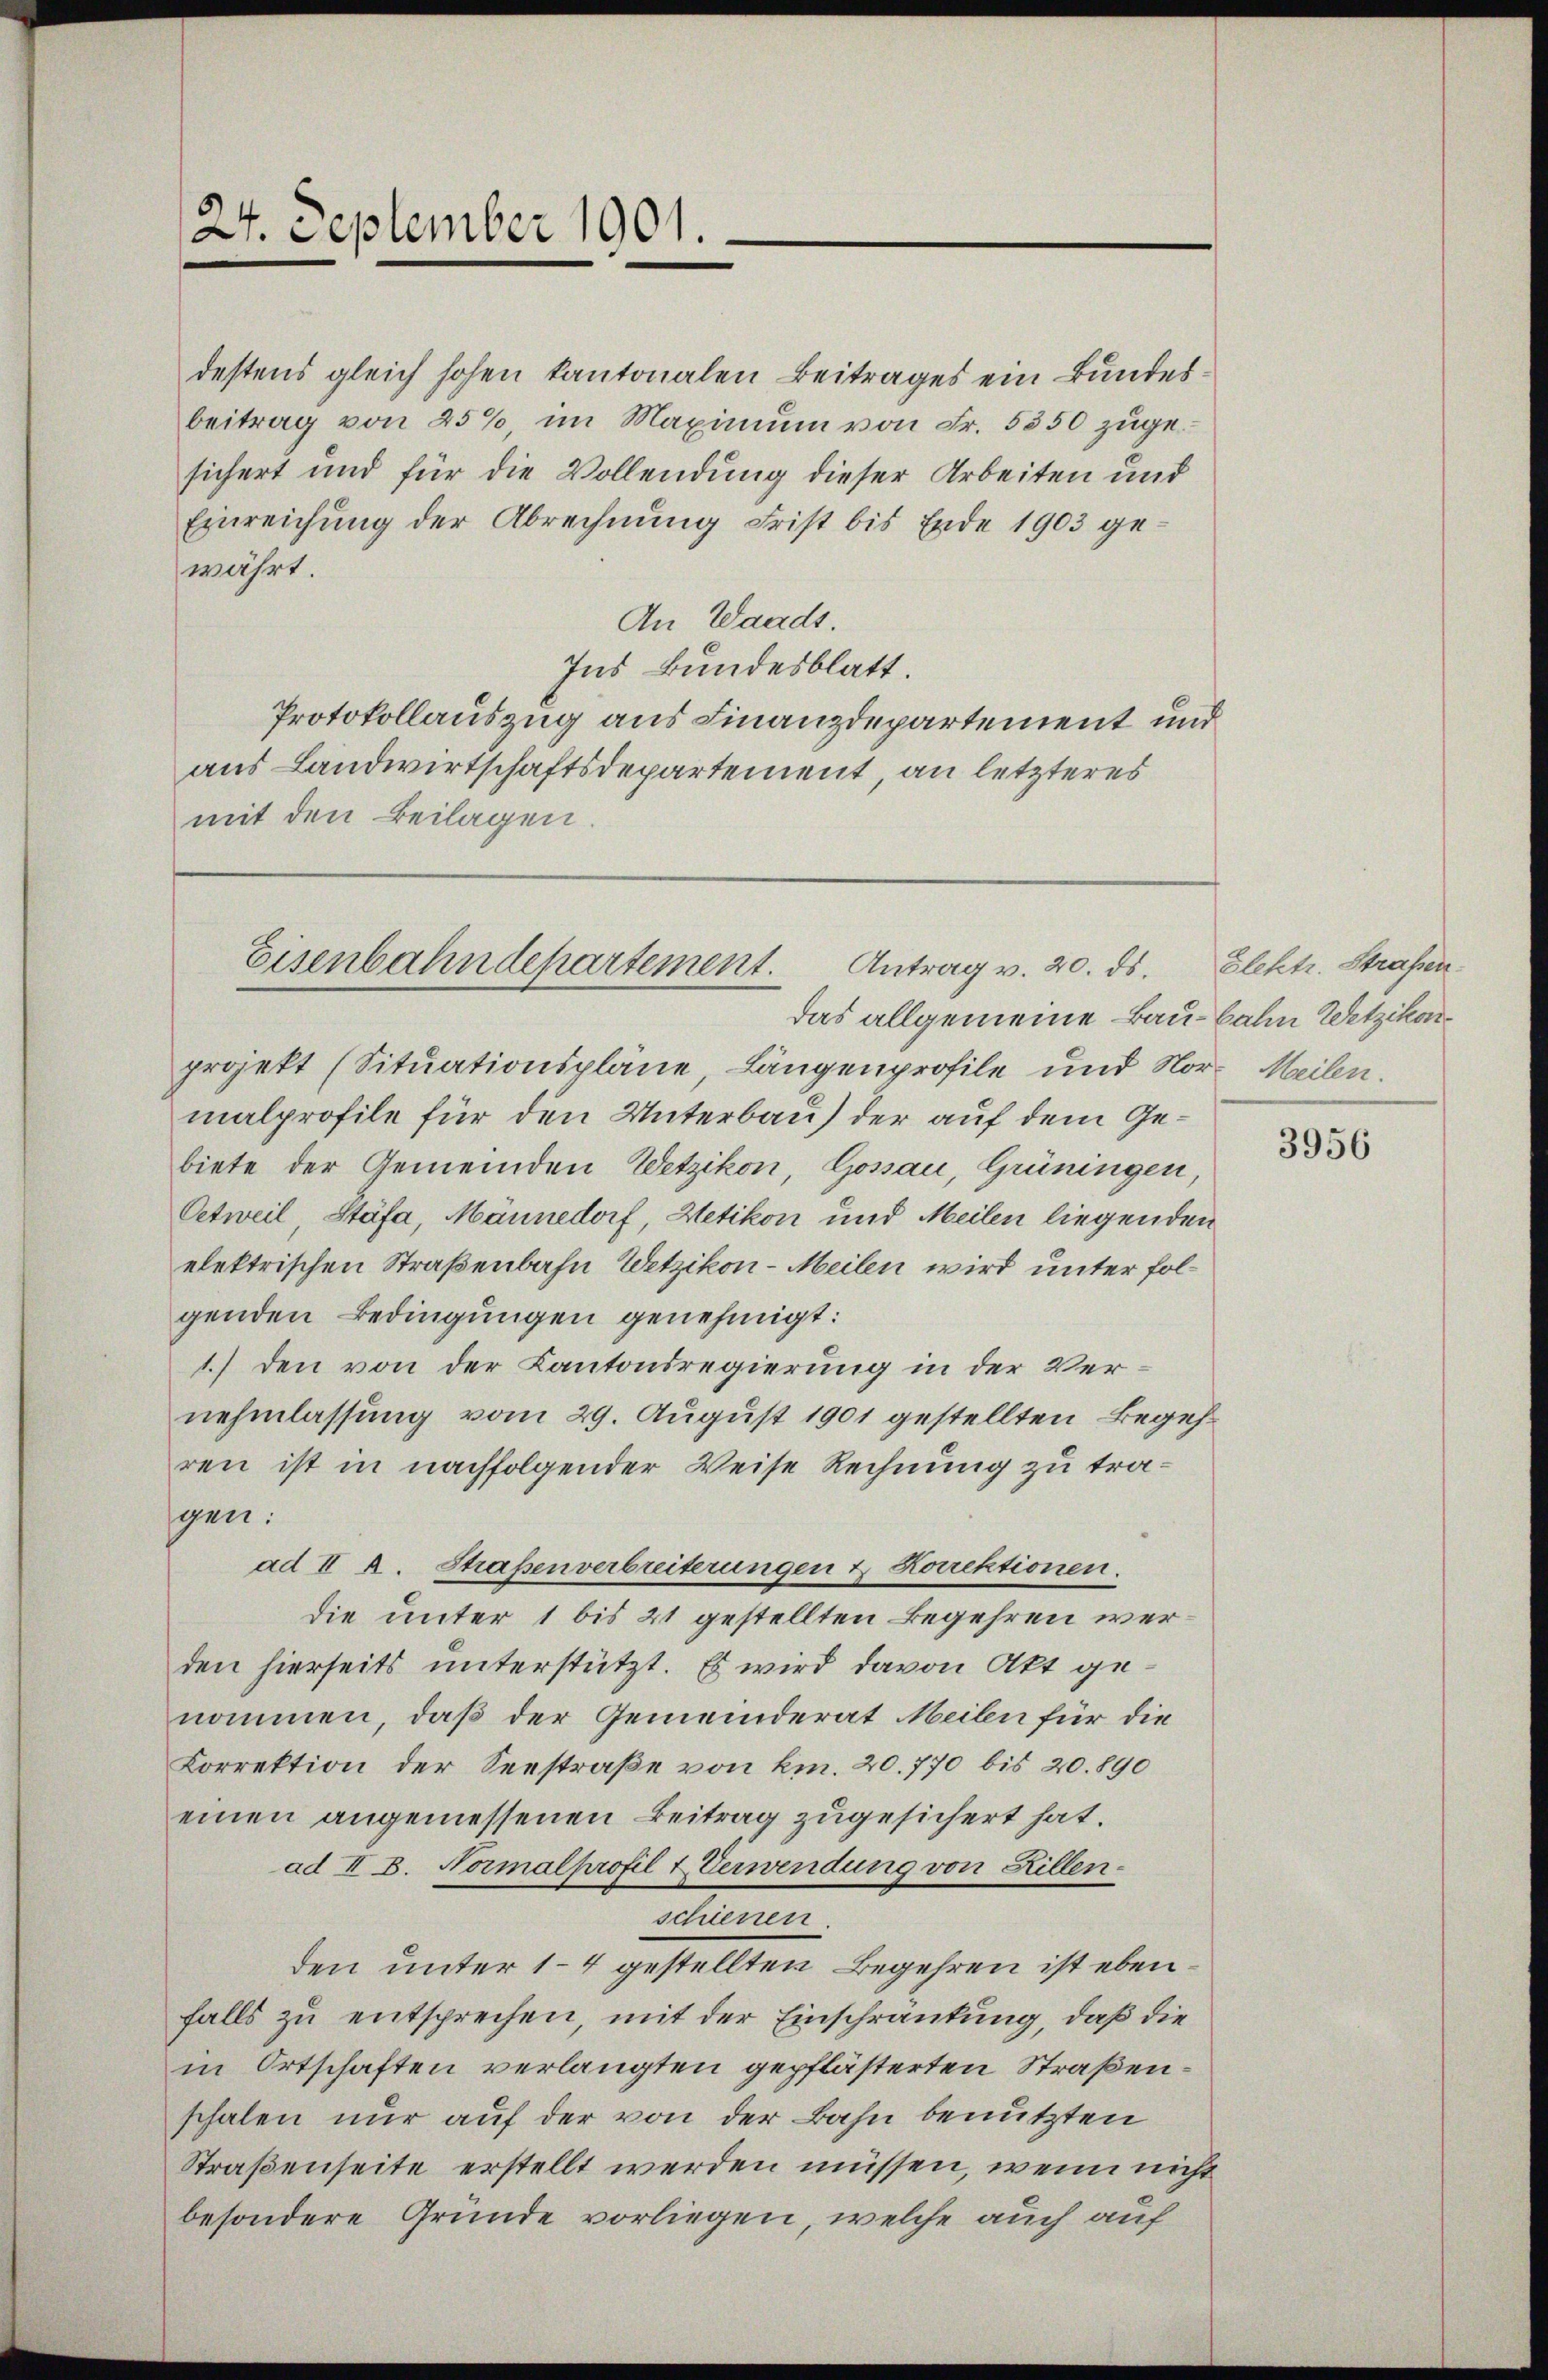
24. September 1901.

destens gleich hohen kantonalen Beitrages ein Bundesbeitrag von 25%, im Maximum von Fr. 5350 zugesichert und für die Vollendung dieser Arbeiten und
Einreichung der Abrechnung Frist bis Ende 1903 gewährt.
An Waadt.
Ins Bundesblatt.
Protokollauszug aus Finanzdepartement und
aus Landwirtschaftsdepartement, an letzteres
mit den Beilagen.

Eisenbahndepartement. Antrag v. 20. ds. Elektr. Straßen.

das allgemeine Baubahn Wetzikon
projekt (Situationspläne, Längenprofile und Nor-Meilen.
malprofile für den Unterbau der auf dem Gebiete der Gemeinden Wetzikon, Gossau, Grüningen,
Oetweil Stäfa, Männedorf, Hetikon und Meilen liegenden
elektrischen Straßenbahn Wetzikon-Meilen wird unter folgenden Bedingungen genehmigt:
1.) Den von der Kantonsregierung in der Vernehmlassung vom 29. August 1901 gestellten Begehren ist in nachfolgender Weise Rechnung zu tragen:
ad II k. Straßenverbreiterungen & Korrektionen.
die unter 1 bis 21 gestellten Begehren werden hierseits unterstützt. Es wird davon Akt genommen, daß der Gemeinderat Meilen für die
Korrektion der Seestraße von km. 20. 770 bis 20. 890
einen angemessenen Beitrag zugesichert hat.
ad II 8. Normalprofil & Verwendung von Hillenschienen
den unter 14 gestellten Begehren ist ebenfalls zu entsprechen, mit der Einschränkung, daß die
in Ortschaften verlangten gepflästerten Straßenschalen nur auf der von der Bahn benutzten
Straßenseite erstellt werden müssen, wenn nicht
besondere Gründe vorliegen, welche auch auf

3956